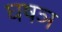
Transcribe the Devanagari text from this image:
घषञ